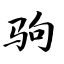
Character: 驹